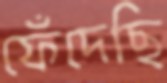
ফেঁদেছি